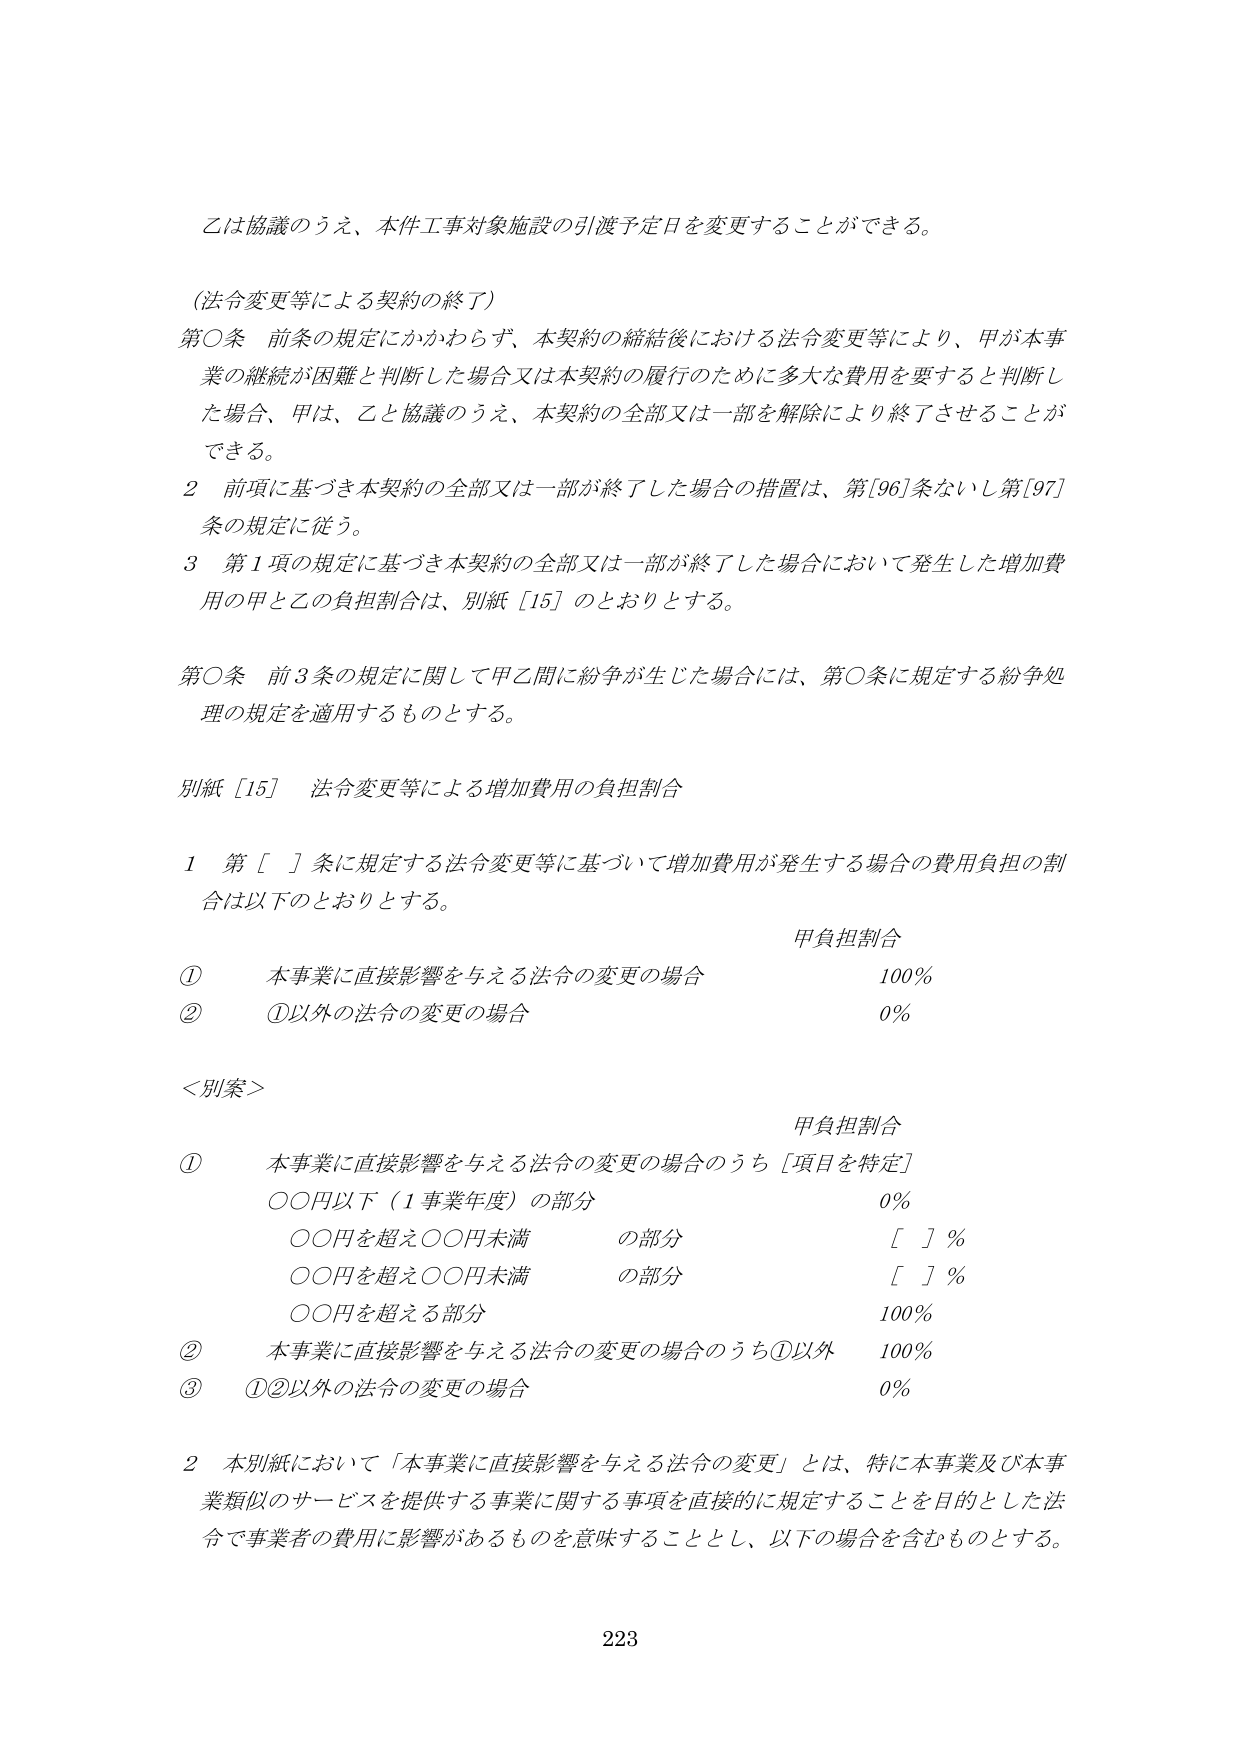
乙は協議のうえ、本件工事対象施設の引渡予定日を変更することができる。

（法令変更等による契約の終了）
第○条 前条の規定にかかわらず、本契約の締結後における法令変更等により、甲が本事業の継続が困難と判断した場合又は本契約の履行のために多大な費用を要すると判断した場合、甲は、乙と協議のうえ、本契約の全部又は一部を解除により終了させることができる。

2 前項に基づき本契約の全部又は一部が終了した場合の措置は、第[96]条ないし第[97]条の規定に従う。

3 第1項の規定に基づき本契約の全部又は一部が終了した場合において発生した増加費用の甲と乙の負担割合は、別紙［15］のとおりとする。

第○条 前3条の規定に関して甲乙間に紛争が生じた場合には、第○条に規定する紛争処理の規定を適用するものとする。

別紙［15］ 法令変更等による増加費用の負担割合

1 第［ ］条に規定する法令変更等に基づいて増加費用が発生する場合の費用負担の割合は以下のとおりとする。

甲負担割合
① 本事業に直接影響を与える法令の変更の場合 100%
② ①以外の法令の変更の場合 0%

＜別案＞

甲負担割合
① 本事業に直接影響を与える法令の変更の場合のうち［項目を特定］
○○円以下（1事業年度）の部分 0%
○○円を超え○○円未満 の部分 ［ ］%
○○円を超え○○円未満 の部分 ［ ］%
○○円を超える部分 100%
② 本事業に直接影響を与える法令の変更の場合のうち①以外 100%
③ ①②以外の法令の変更の場合 0%

2 本別紙において「本事業に直接影響を与える法令の変更」とは、特に本事業及び本事業類似のサービスを提供する事業に関する事項を直接的に規定することを目的とした法令で事業者の費用に影響があるものを意味することとし、以下の場合は含むものとする。

223